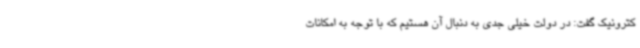
کترونیک گفت: در دولت خیلی جدی به دنبال آن هستیم که با توجه به امکانات